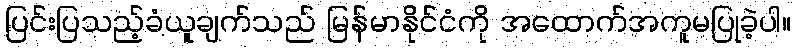
ပြင်းပြသည့်ခံယူချက်သည် မြန်မာနိုင်ငံကို အထောက်အကူမပြုခဲ့ပါ။